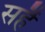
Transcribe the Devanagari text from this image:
सहैं